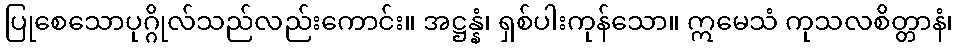
ပြုစေသောပုဂ္ဂိုလ်သည်လည်းကောင်း။ အဋ္ဌန္နံ၊ ရှစ်ပါးကုန်သော။ ဣမေသံ ကုသလစိတ္တာနံ၊